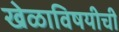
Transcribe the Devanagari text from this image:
खेळाविषयीची